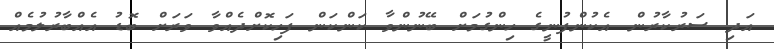
އަދި ސަރުކާރުން އެކުންފުނީގެ ހިންގުމަށް ބޭނުންވާ ކަންކަން ފަހިކޮށްދެއްވާ ވަރަށް ބޮޑު އެއްބާރުލުމެއް